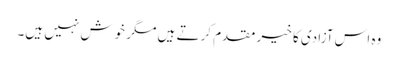
وہ اس آزادی کا خیر مقدم کرتے ہیں مگر خوش نہیں ہیں۔